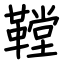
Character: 鞺